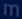
m